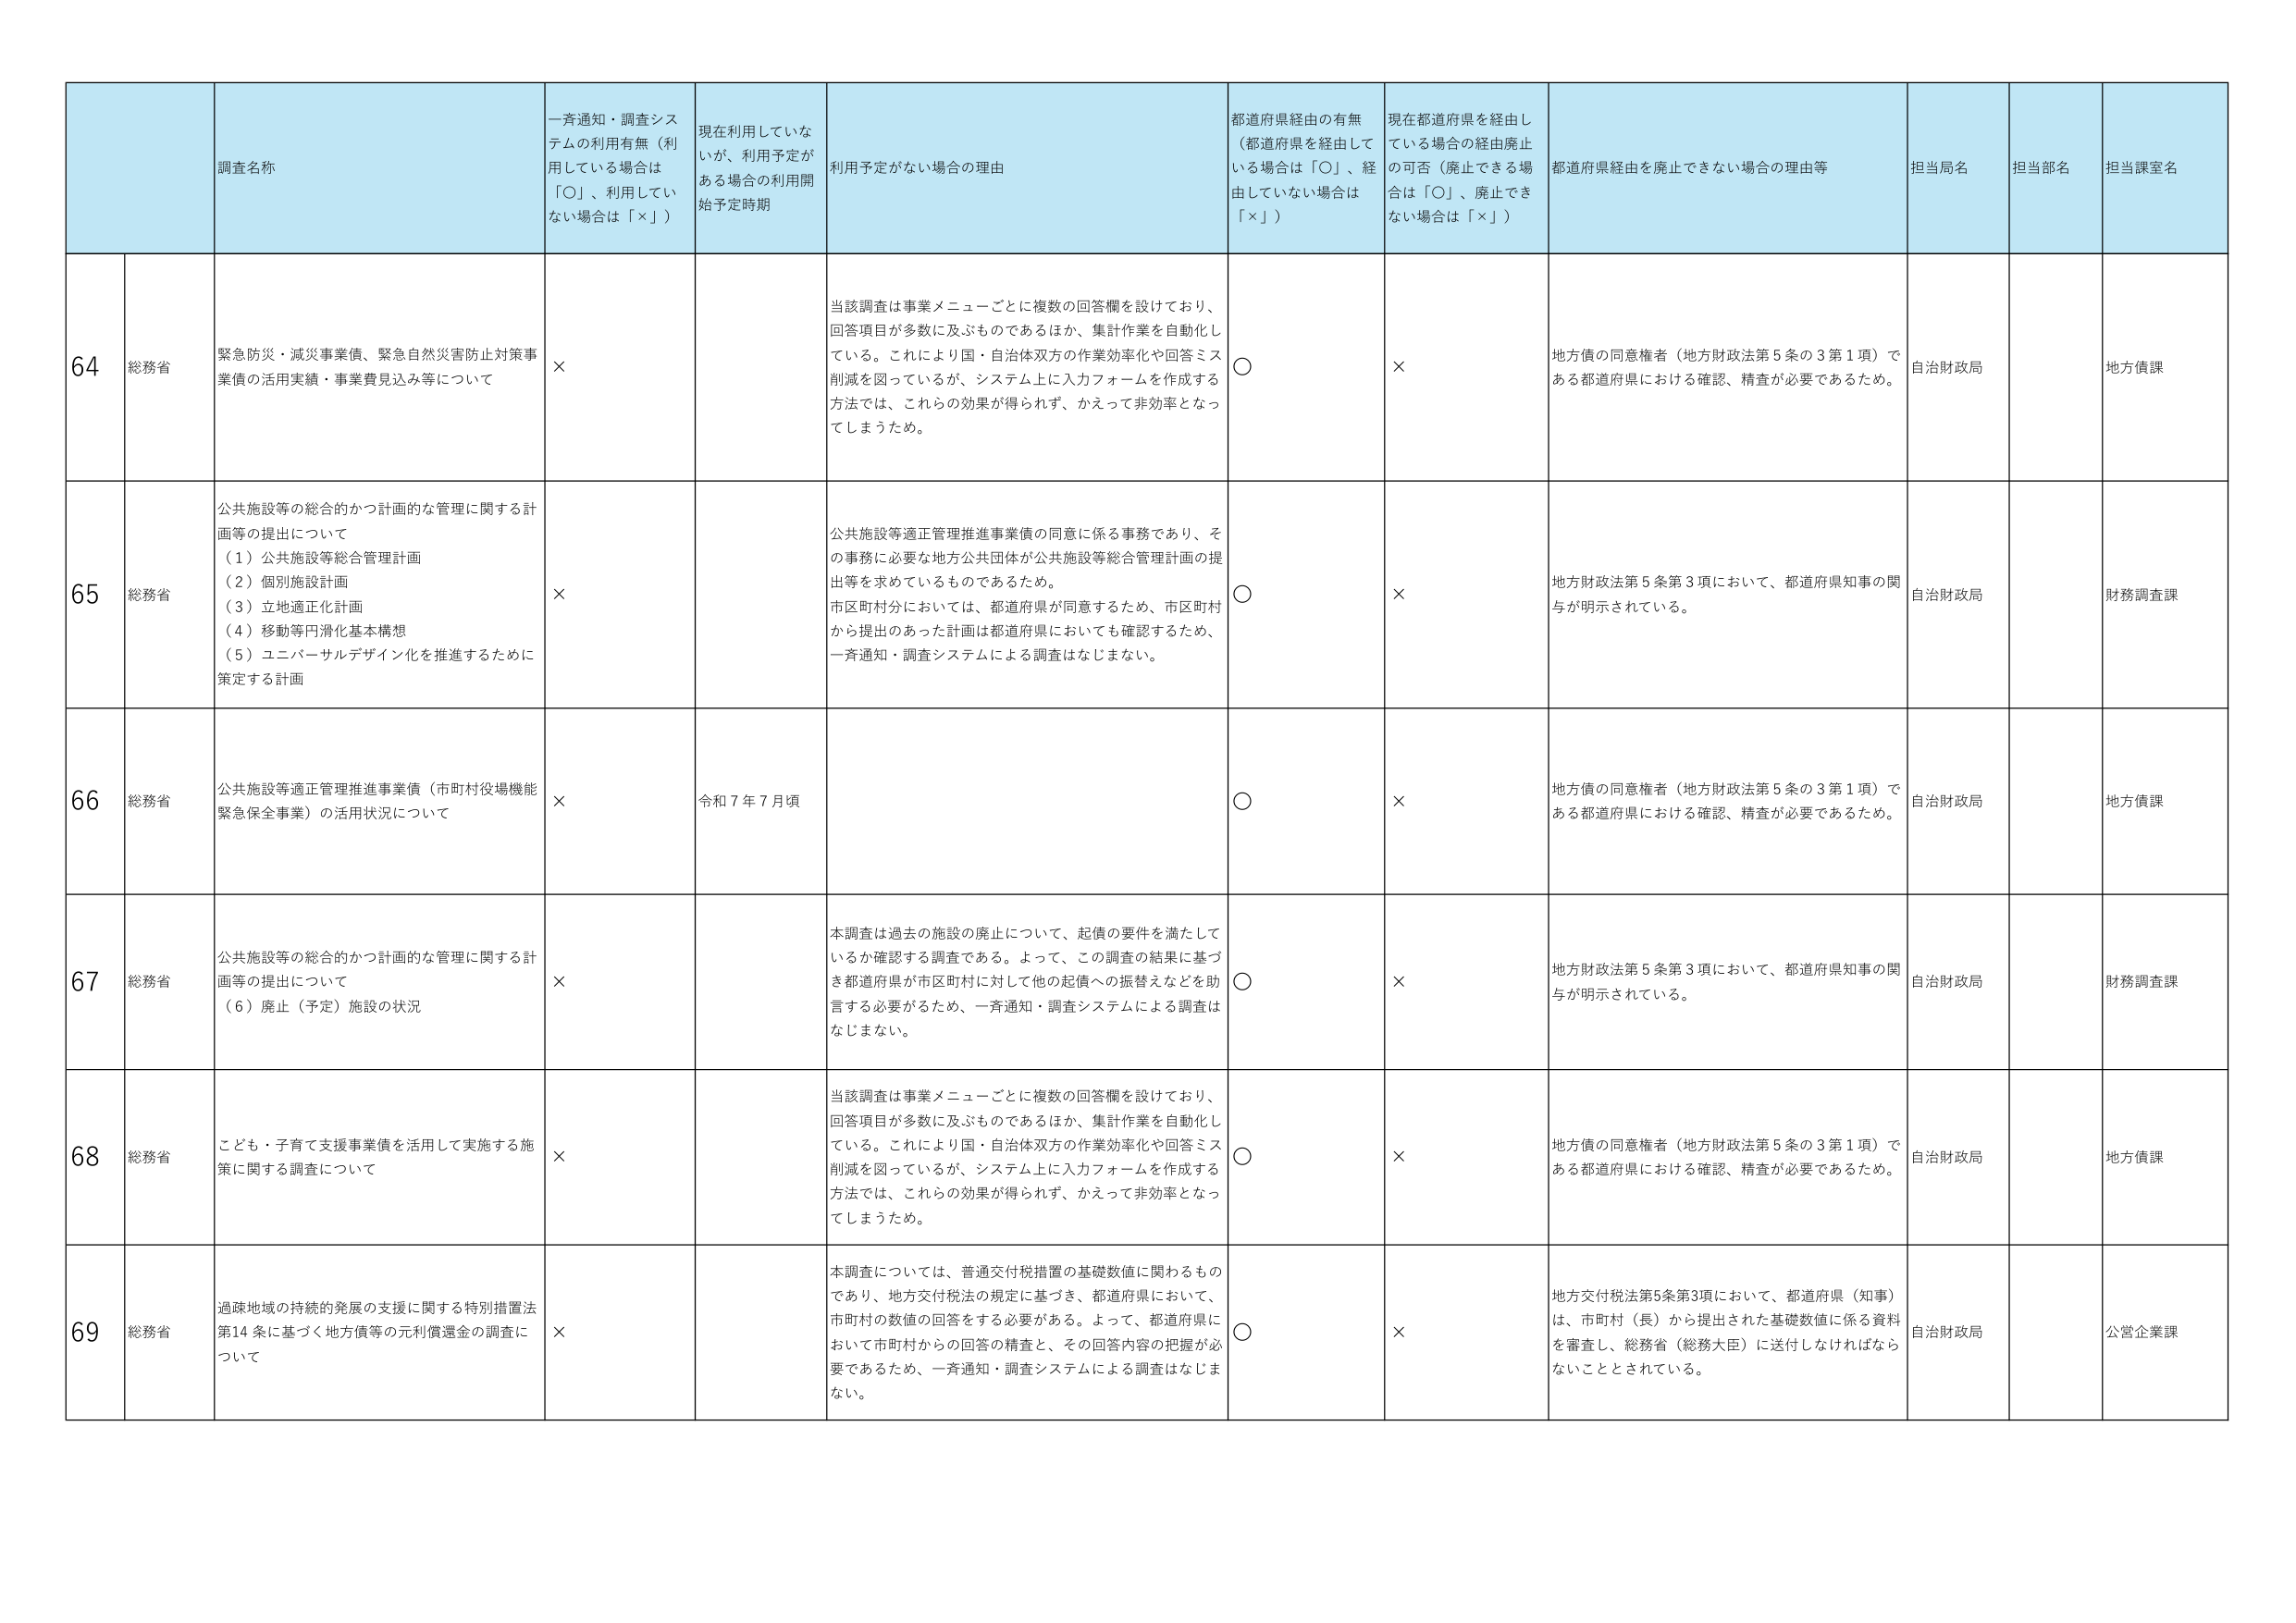
64 総務省 緊急防災・減災事業債、緊急自然災害防止対策事業債の活用実績・事業費見込み等について × 当該調査は事業メニューごとに複数の回答欄を設けており、回答項目が多数に及ぶものであるほか、集計作業を自動化している。これにより国・自治体双方の作業効率化や回答ミス削減を図っているが、システム上に入力フォームを作成する方法では、これらの効果が得られず、かえって非効率となってしまうため。 ○ × 地方債の同意権者（地方財政法第5条の3第1項）である都道府県における確認、精査が必要であるため。 自治財政局 地方債課

65 総務省 公共施設等の総合的かつ計画的な管理に関する計画等の提出について （1）公共施設等総合管理計画 （2）個別施設計画 （3）立地適正化計画 （4）移動等円滑化基本構想 （5）ユニバーサルデザイン化を推進するために策定する計画 × 公共施設等適正管理推進事業債の同意に係る事務であり、その事務に必要な地方公共団体が公共施設等総合管理計画の提出等を求めているものであるため。 市区町村分においては、都道府県が同意するため、市区町村から提出のあった計画は都道府県においても確認するため、一斉通知・調査システムによる調査はなじまない。 ○ × 地方財政法第5条第3項において、都道府県知事の関与が明示されている。 自治財政局 財務調査課

66 総務省 公共施設等適正管理推進事業債（市町村役場機能緊急保全事業）の活用状況について × 令和7年7月頃 ○ × 地方債の同意権者（地方財政法第5条の3第1項）である都道府県における確認、精査が必要であるため。 自治財政局 地方債課

67 総務省 公共施設等の総合的かつ計画的な管理に関する計画等の提出について （6）廃止（予定）施設の状況 × 本調査は過去の施設の廃止について、起債の要件を満たしているか確認する調査である。よって、この調査の結果に基づき都道府県が市区町村に対して他の起債への振替えなどを助言する必要があるため、一斉通知・調査システムによる調査はなじまない。 ○ × 地方財政法第5条第3項において、都道府県知事の関与が明示されている。 自治財政局 財務調査課

68 総務省 こども・子育て支援事業債を活用して実施する施策に関する調査について × 当該調査は事業メニューごとに複数の回答欄を設けており、回答項目が多数に及ぶものであるほか、集計作業を自動化している。これにより国・自治体双方の作業効率化や回答ミス削減を図っているが、システム上に入力フォームを作成する方法では、これらの効果が得られず、かえって非効率となってしまうため。 ○ × 地方債の同意権者（地方財政法第5条の3第1項）である都道府県における確認、精査が必要であるため。 自治財政局 地方債課

69 総務省 過疎地域の持続的発展の支援に関する特別措置法第14条に基づく地方債等の元利償還金の調査について × 本調査については、普通交付税措置の基礎数値に関わるものであり、地方交付税法の規定に基づき、都道府県において、市町村の数値の回答をする必要がある。よって、都道府県において市町村からの回答の精査と、その回答内容の把握が必要であるため、一斉通知・調査システムによる調査はなじまない。 ○ × 地方交付税法第5条第3項において、都道府県（知事）は、市町村（長）から提出された基礎数値に係る資料を審査し、総務省（総務大臣）に送付しなければならないこととされている。 自治財政局 公営企業課

一斉通知・調査システムの利用有無（利用している場合は「○」、利用していない場合は「×」）
現在利用していないが、利用予定がある場合の利用開始予定時期
利用予定がない場合の理由
都道府県経由の有無（都道府県を経由している場合は「○」、経由していない場合は「×」）
現在都道府県を経由している場合の経由廃止の可否（廃止できる場合は「○」、廃止できない場合は「×」）
都道府県経由を廃止できない場合の理由等
担当局名
担当部名
担当課室名
調査名称